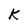
Character: K